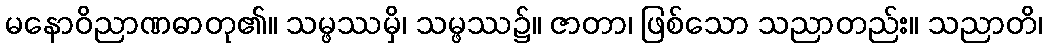
မနောဝိညာဏဓာတု၏။ သမ္ဖဿမှိ၊ သမ္ဖဿ၌။ ဇာတာ၊ ဖြစ်သော သညာတည်း။ သညာတိ၊